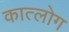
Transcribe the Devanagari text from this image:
कात्लोग